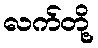
လက်တို့